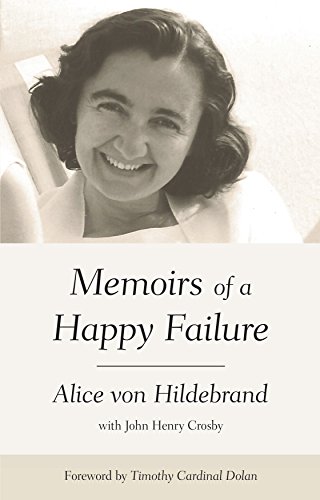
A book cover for Memoirs of a Happy Failure; Alice von Hildebrand; Biographies & Memoirs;